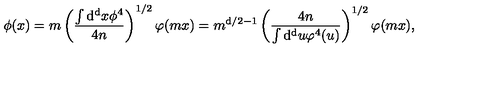
\phi ( x ) = m \left( { \frac { \int \mathrm { d ^ { d } } x \phi ^ { 4 } } { 4 n } } \right) ^ { 1 / 2 } \varphi ( m x ) = m ^ { \mathrm { d } / 2 - 1 } \left( { \frac { 4 n } { \int \mathrm { d ^ { d } } u \varphi ^ { 4 } ( u ) } } \right) ^ { 1 / 2 } \varphi ( m x ) ,